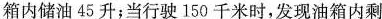
箱内储油45升；当行驶150千米时，发现油箱内剩